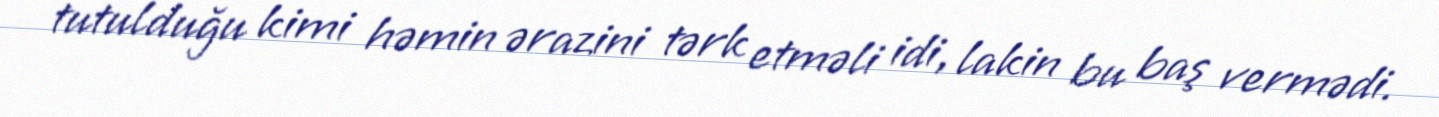
tutulduğu kimi həmin ərazini tərk etməli idi, lakin bu baş vermədi.